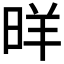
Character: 𱢂